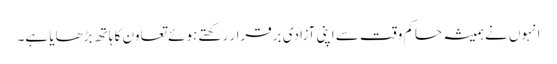
انہوں نے ہمیشہ حاکم وقت سے اپنی آزادی برقرار رکھتے ہوئے تعاون کا ہاتھ بڑھایا ہے۔